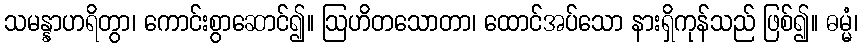
သမန္နာဟရိတွာ၊ ကောင်းစွာဆောင်၍။ ဩဟိတသောတာ၊ ထောင်အပ်သော နားရှိကုန်သည် ဖြစ်၍။ ဓမ္မံ၊